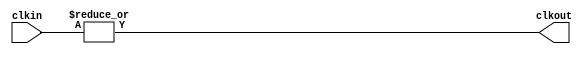
// This program was cloned from: https://github.com/aolofsson/oh
// License: MIT License

//#############################################################################
//# Function: Clock 'OR' gate                                                 #
//#############################################################################
//# Author:   Andreas Olofsson                                                #
//# License:  MIT (see LICENSE file in OH! repository)                        #
//#############################################################################

module oh_clockor
  #(parameter N    = 2,        // number of clock inputs)
    parameter SYN  = "TRUE",   // synthesizable (or not)
    parameter TYPE = "DEFAULT" // implementation type
    )
   (
    input [N-1:0] clkin, // clock input
    output 	  clkout // clock output
    );

   generate
      if(SYN == "TRUE") begin
	 assign clkout = |(clkin[N-1:0]);
      end
      else begin
	 asic_clockor #(.TYPE(TYPE),
			.N(N))
	 asic_clockor(// Outputs
		      .clkout		(clkout),
		      // Inputs
		      .clkin		(clkin[N-1:0]));
      end
   endgenerate
endmodule